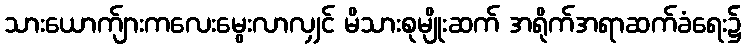
သားယောက်ျားကလေးမွေးလာလျှင် မိသားစုမျိုးဆက် အရိုက်အရာဆက်ခံရေး၌